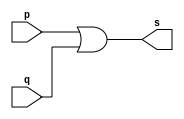
// ------------------------- 
// Exemplo0015 - OR 
// Nome: Michelle da Costa Silva
// ------------------------- 

// ------------------------- 
// -- or gate 
// ------------------------- 
     module or0gate ( output s, input p, q); 
			assign s = p | q; 
      endmodule // or0gate 


      module orgate ( output s, input p, q, r); 
          wire s1;
			 
			 or0gate OR1(s1, p, q);
			 or0gate OR2(s, s1, r);
			 
      endmodule // orgate 

// --------------------- 
// -- test or gate 
// --------------------- 

      module testorgate; 

// ------------------------- dados locais 

      reg a, b, c; // definir registradores 
      wire s; // definir conexao (fio) 

// ------------------------- instancia 
     
	   orgate OR1 (s, a, b, c); 

// ------------------------- preparacao 

     initial begin:start 
        a=0; b=0; c=0;
      end 
				  
// ------------------------- parte principal 
         
			  initial begin:main 
                $display("Exemplo 0015 - Michelle da Costa Silva - 427448"); 
                $display("\nTabela-verdade OR"); 
                $display("\na b c s\n"); 
                  a=0; b=0; c=0;
             #1 $display("%b %b %b %b", a, b, c, s); 
                  a=0; b=1; c=0;
             #1 $display("%b %b %b %b", a, b, c, s); 
                  a=1; b=0; c=0;
				 #1 $display("%b %b %b %b", a, b, c, s); 
                  a=0; b=0; c=1;
             #1 $display("%b %b %b %b", a, b, c, s); 
                  a=1; b=0; c=1;
				 #1 $display("%b %b %b %b", a, b, c, s); 
                  a=0; b=1; c=1;
				 #1 $display("%b %b %b %b", a, b, c, s); 
                  a=1; b=1; c=0;						
             #1 $display("%b %b %b %b", a, b, c, s); 
                  a=1; b=1; c=1;
             #1 $display("%b %b %b %b", a, b, c, s);  
			   end 
   endmodule // testorgate